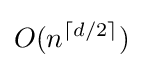
O(n^{\lceil d/2\rceil })